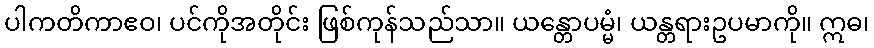
ပါကတိကာဧဝ၊ ပင်ကိုအတိုင်း ဖြစ်ကုန်သည်သာ။ ယန္တောပမ္မံ၊ ယန္တရားဥပမာကို။ ဣဓ၊